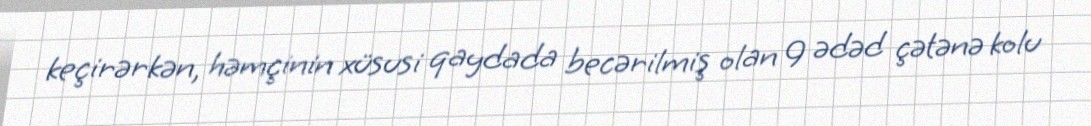
keçirərkən, həmçinin xüsusi qaydada becərilmiş olan 9 ədəd çətənə kolu